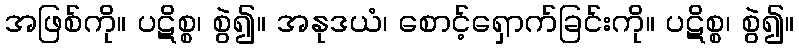
အဖြစ်ကို။ ပဋိစ္စ၊ စွဲ၍။ အနုဒယံ၊ စောင့်ရှောက်ခြင်းကို။ ပဋိစ္စ၊ စွဲ၍။